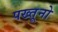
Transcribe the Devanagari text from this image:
पख्तूनो